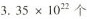
3.$$35\times 10^{22}$$个